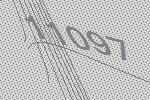
11097